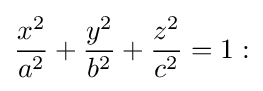
{x^{2} \over a^{2}}+{y^{2} \over b^{2}}+{z^{2} \over c^{2}}=1: